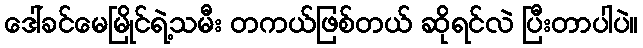
ဒေါ်ခင်မေမြိုင်ရဲ့သမီး တကယ်ဖြစ်တယ် ဆိုရင်လဲ ပြီးတာပါပဲ။